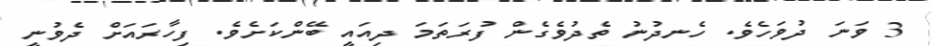
3 ވަނަ ދުވަހެވެ. ހެނދުނު ތެދުވެގެން ފުރަތަމަ ދިއައީ ބޭންކަށެވެ. ފިހާރައަށް ދެވުނީ